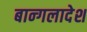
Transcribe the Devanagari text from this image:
बान्गलादेश